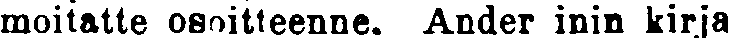
moitatte osoitteenne. Ander inin kirja